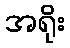
အရိုး